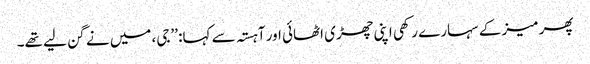
پھر میز کے سہارے رکھی اپنی چھڑی اٹھائی اور آہستہ سے کہا: ’’جی، میں نے گن لیے تھے۔